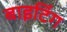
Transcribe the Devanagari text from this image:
बाइटिंग